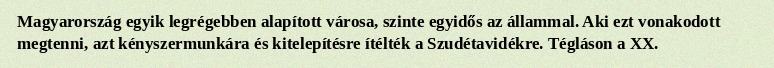
Magyarország egyik legrégebben alapított városa, szinte egyidős az állammal. Aki ezt vonakodott megtenni, azt kényszermunkára és kitelepítésre ítélték a Szudétavidékre. Tégláson a XX.